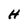
Character: H